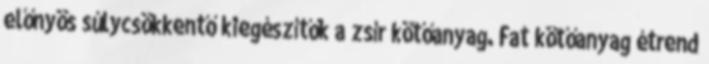
előnyös súlycsökkentő kiegészítők a zsír kötőanyag. Fat kötőanyag étrend